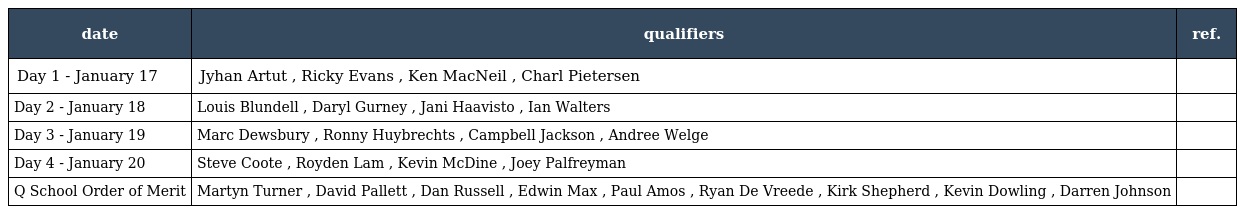
| date | qualifiers | ref. |
 | --- | --- | --- |
 | Day 1 - January 17 | Jyhan Artut , Ricky Evans , Ken MacNeil , Charl Pietersen |  |
 | Day 2 - January 18 | Louis Blundell , Daryl Gurney , Jani Haavisto , Ian Walters |  |
 | Day 3 - January 19 | Marc Dewsbury , Ronny Huybrechts , Campbell Jackson , Andree Welge |  |
 | Day 4 - January 20 | Steve Coote , Royden Lam , Kevin McDine , Joey Palfreyman |  |
 | Q School Order of Merit | Martyn Turner , David Pallett , Dan Russell , Edwin Max , Paul Amos , Ryan De Vreede , Kirk Shepherd , Kevin Dowling , Darren Johnson |  |